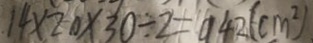
1 4 \times 2 0 \times 3 0 \div 2 = 9 4 2 ( c m ^ { 2 } )